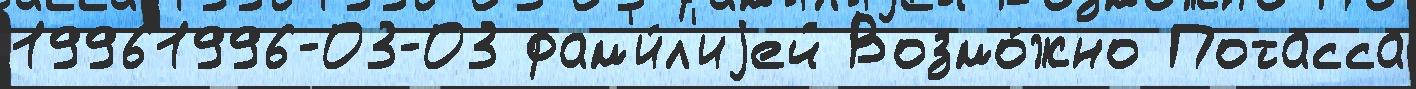
19961996-03-03 фам'и́л'иjей Возмо́жно Потасса